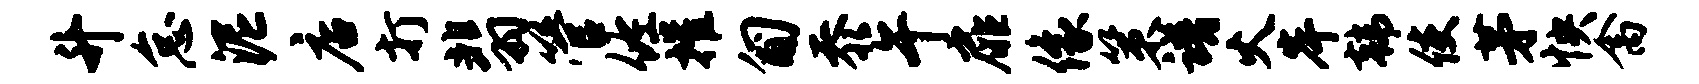
升怠泥店打翡管佐摧匍忝午扉像策谱火岸韩使茅怏禽